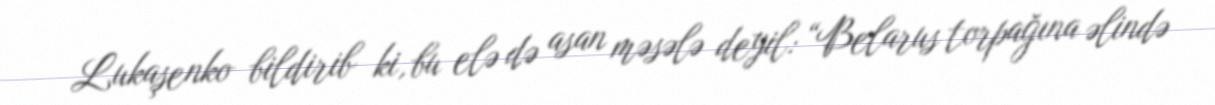
Lukaşenko bildirib ki, bu elə də asan məsələ deyil: “Belarus torpağına əlində